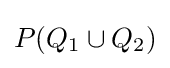
P(Q_{1}\cup Q_{2})